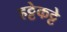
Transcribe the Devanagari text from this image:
हट्टेकट्टे